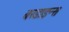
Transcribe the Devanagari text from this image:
बरडाइन्स